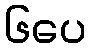
၆ပေ